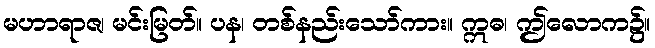
မဟာရာဇ၊ မင်းမြတ်။ ပန၊ တစ်နည်းသော်ကား။ ဣဓ၊ ဤလောက၌။